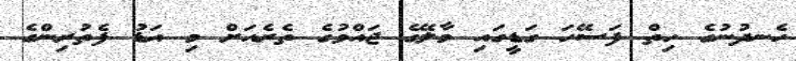
ހެނދުނުގެ ހިތް ފަސޭހަ ގަޑީގައި މާލޭގެ ޖައްވުގެ ތެރެއަށް މި އަޑު ފެތުރިންގެ